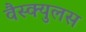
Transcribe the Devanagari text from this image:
वैस्क्युलस